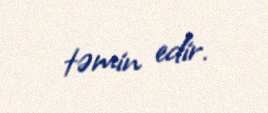
təmin edir.